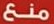
منع